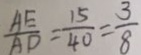
\frac { A E } { A D } = \frac { 1 5 } { 4 0 } = \frac { 3 } { 8 }